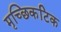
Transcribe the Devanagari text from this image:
मृच्छिकटिक